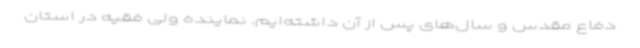
دفاع مقدس و سال‌های پس از آن داشته‌ایم. نماینده ولی فقیه در استان